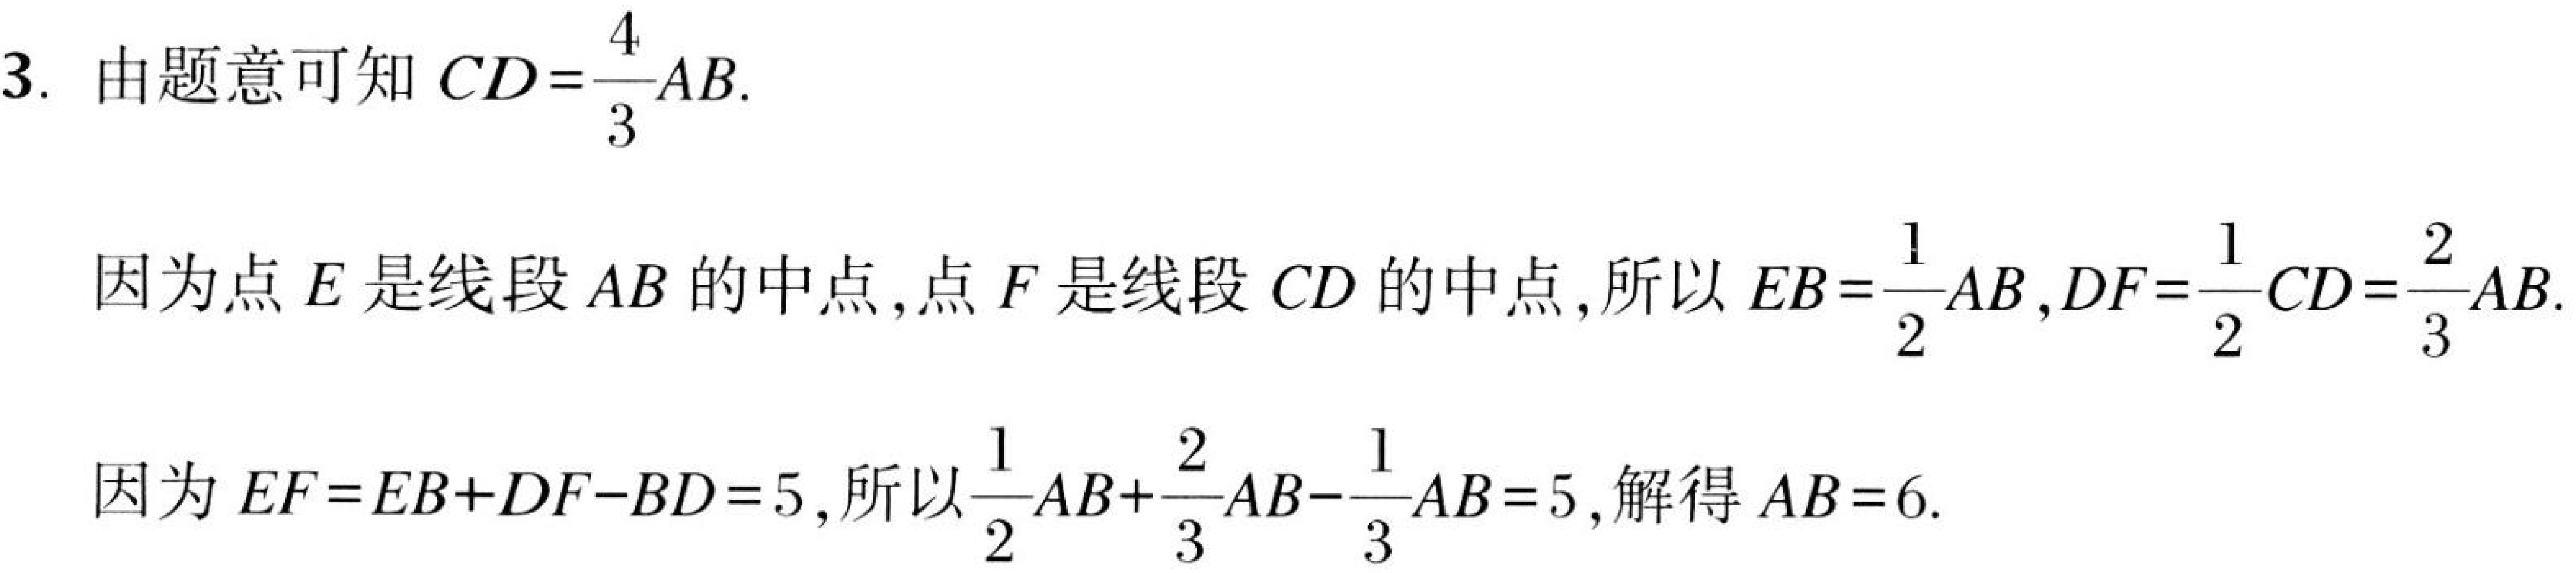
3. 由题意可知\(CD=\frac{4}{3}AB\).
因为点\(E\)是线段\(AB\)的中点,点\(F\)是线段\(CD\)的中点,所以\(EB = \frac{1}{2}AB\),\(DF=\frac{1}{2}CD=\frac{2}{3}AB\).
因为\(EF = EB + DF - BD = 5\),所以\(\frac{1}{2}AB+\frac{2}{3}AB-\frac{1}{3}AB = 5\),解得\(AB = 6\).